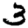
Digit: 3